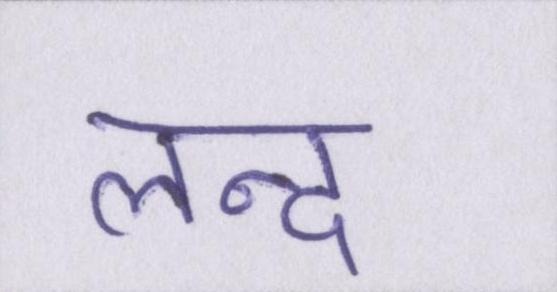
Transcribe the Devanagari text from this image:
लन्द